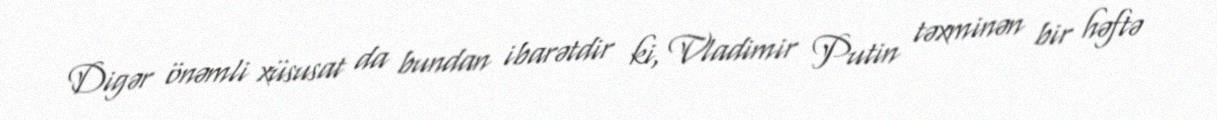
Digər önəmli xüsusat da bundan ibarətdir ki, Vladimir Putin təxminən bir həftə